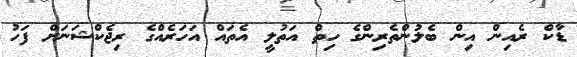
ޑާކް ރެއިން އިން ބެލުންތެރިންގެ ހިތް އަތުލީ އެތައް އަހަރެއްގެ ރިޖެކްޝަނަށް ފަހު